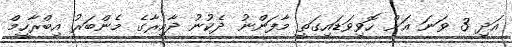
އަދި 3 ވަނަ އަށް ހޮވިވަޑައިގަތީ މާފަންނު ދެކުނު ދާއިރާގެ މެންބަރު އިބްރާހީމް